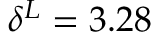
\delta ^ { L } = 3 . 2 8